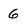
Character: 6